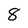
Character: 8